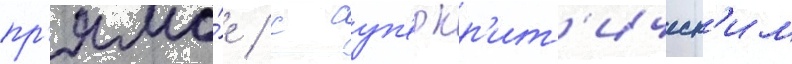
пр'ямо́е / с суп'еркр'ит'ическ'им